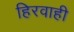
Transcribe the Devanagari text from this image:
हिरवाही